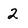
Character: 2